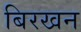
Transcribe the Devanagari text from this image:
बिरखन